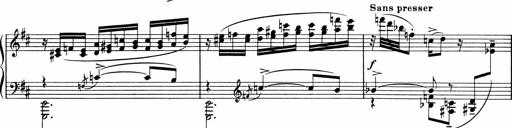
Title: Sonatine pour piano
Composer: Albert Roussel